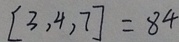
[ 3 , 4 , 7 ] = 8 4